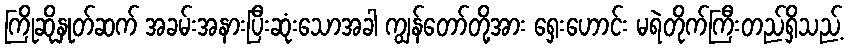
ကြိုဆိုနှုတ်ဆက် အခမ်းအနားပြီးဆုံးသောအခါ ကျွန်တော်တို့အား ရှေးဟောင်း မရဲတိုက်ကြီးတည်ရှိသည့်